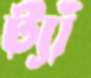
ট্যাঁ